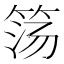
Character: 𰩹